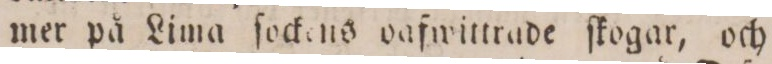
mer på Lima ſockons dafwittrade ſkogar, och